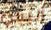
أليس